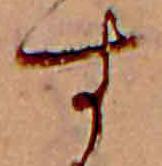
す